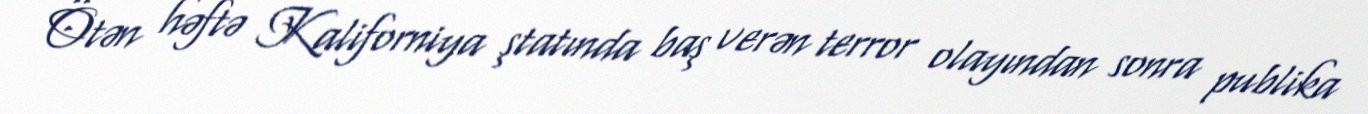
Ötən həftə Kaliforniya ştatında baş verən terror olayından sonra publika